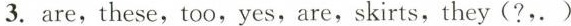
3.are,these,too,yes,are,skirts,they (?,. )